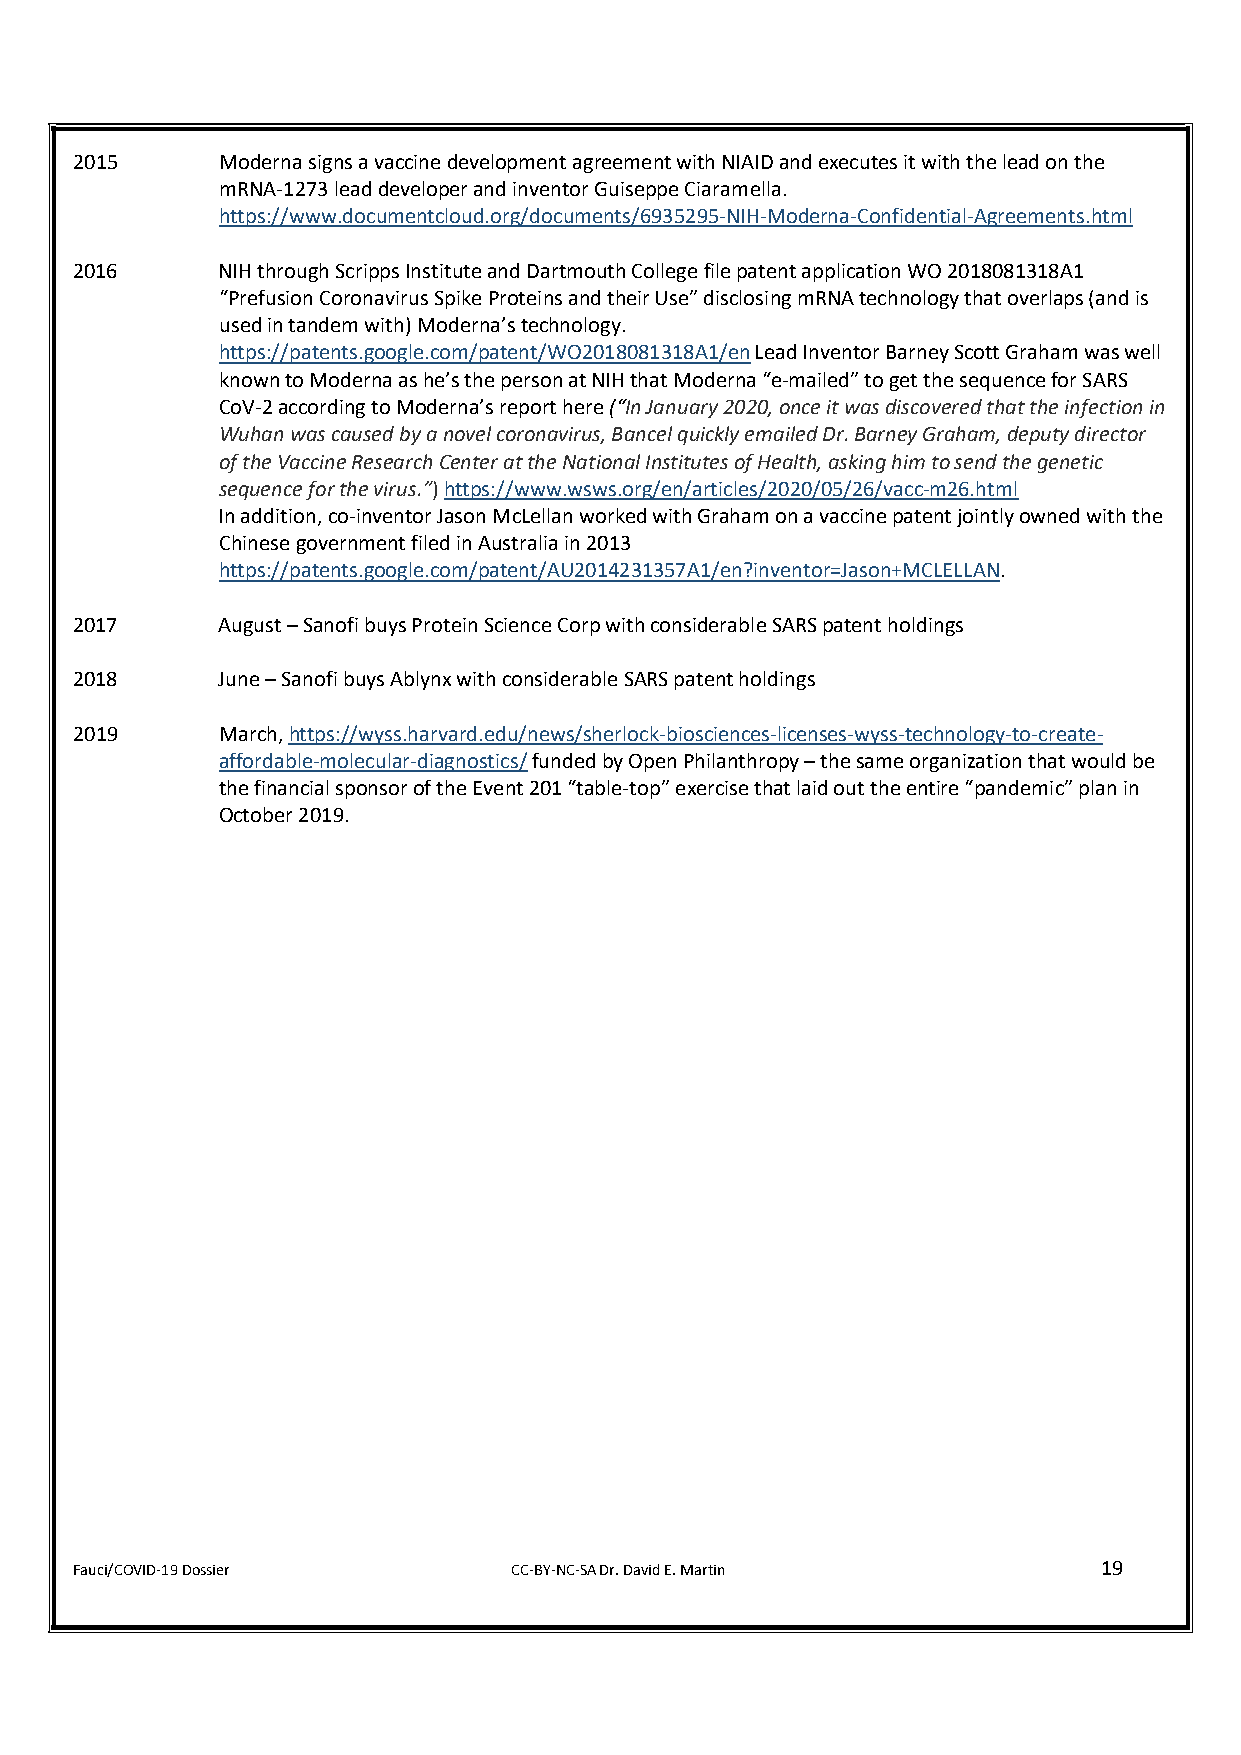
2015     Moderna signs a vaccine development agreement with NIAID and executes it with the lead on the
 mRNA-1273 lead developer and inventor Guiseppe Ciaramella.
 https://www.documentcloud.org/documents/6935295-NIH-Moderna-Confidential-Agreements.html
 2016     NIH through Scripps Institute and Dartmouth College file patent application WO 2018081318A1
 “Prefusion Coronavirus Spike Proteins and their Use” disclosing mRNA technology that overlaps (and is
 used in tandem with) Moderna’s technology.
 https://patents.google.com/patent/WO2018081318A1/en Lead Inventor Barney Scott Graham was well
 known to Moderna as he’s the person at NIH that Moderna “e-mailed” to get the sequence for SARS
 CoV-2 according to Moderna’s report here (“In January 2020, once it was discovered that the infection in
 Wuhan was caused by a novel coronavirus, Bancel quickly emailed Dr. Barney Graham, deputy director
 of the Vaccine Research Center at the National Institutes of Health, asking him to send the genetic
 sequence for the virus.”) https://www.wsws.org/en/articles/2020/05/26/vacc-m26.html
 In addition, co-inventor Jason McLellan worked with Graham on a vaccine patent jointly owned with the
 Chinese government filed in Australia in 2013
 https://patents.google.com/patent/AU2014231357A1/en?inventor=Jason+MCLELLAN.
 2017     August – Sanofi buys Protein Science Corp with considerable SARS patent holdings
 2018     June – Sanofi buys Ablynx with considerable SARS patent holdings
 2019     March, https://wyss.harvard.edu/news/sherlock-biosciences-licenses-wyss-technology-to-create-
 affordable-molecular-diagnostics/ funded by Open Philanthropy – the same organization that would be
 the financial sponsor of the Event 201 “table-top” exercise that laid out the entire “pandemic” plan in
 October 2019.
 Fauci/COVID-19 Dossier       CC-BY-NC-SA Dr. David E. Martin        19